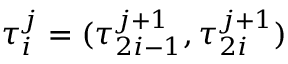
\tau _ { i } ^ { j } = ( \tau _ { 2 i - 1 } ^ { j + 1 } , \tau _ { 2 i } ^ { j + 1 } )